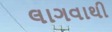
લાગવાથી